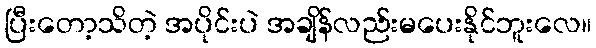
ပြီးတော့သိတဲ့ အပိုင်းပဲ အချိန်လည်းမပေးနိုင်ဘူးလေ။